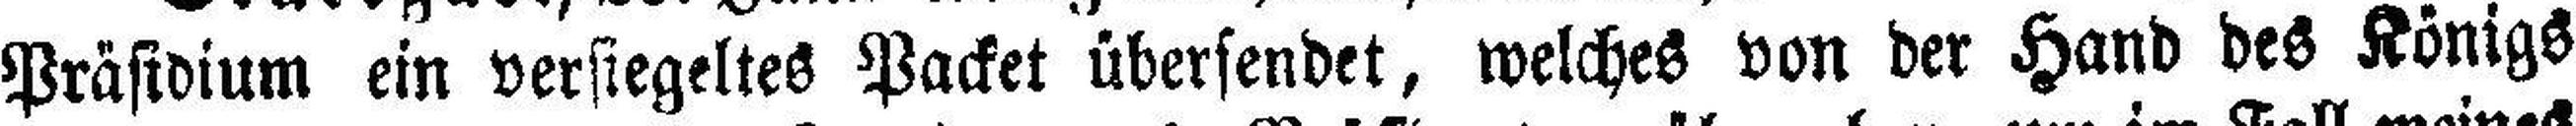
Präsidium ein versiegeltes Packet übersendet, welches von der Hand des Königs